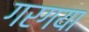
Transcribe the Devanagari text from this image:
गरगया